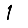
Digit: 1